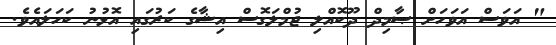
" އަވަސް އަވަހަށް ޞާމިދް ދޫކޮއްލި ޖުމްލަގޮސް އިޝާގެ ކަރުގައި އޮޅުނު ކަހަލައެވެ.